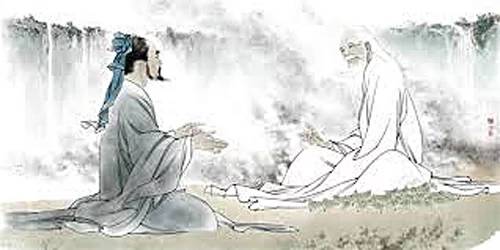
良贾深藏若虚，君子盛德容貌若愚。